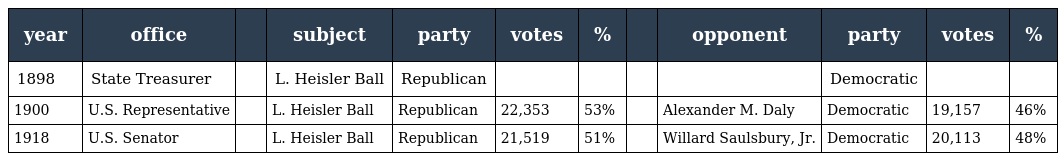
| year | office |  | subject | party | votes | % |  | opponent | party | votes | % |
 | --- | --- | --- | --- | --- | --- | --- | --- | --- | --- | --- | --- |
 | 1898 | State Treasurer |  | L. Heisler Ball | Republican |  |  |  |  | Democratic |  |  |
 | 1900 | U.S. Representative |  | L. Heisler Ball | Republican | 22,353 | 53% |  | Alexander M. Daly | Democratic | 19,157 | 46% |
 | 1918 | U.S. Senator |  | L. Heisler Ball | Republican | 21,519 | 51% |  | Willard Saulsbury, Jr. | Democratic | 20,113 | 48% |